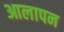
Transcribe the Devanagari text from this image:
आलापन